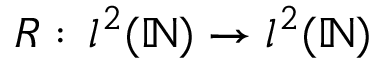
R : \, l ^ { 2 } ( \mathbb { N } ) \to l ^ { 2 } ( \mathbb { N } )